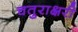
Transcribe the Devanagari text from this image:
चतुराक्षरी